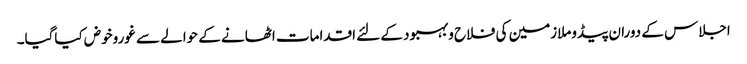
اجلاس کے دوران پیڈوملازمین کی فلاح وبہبود کے لئے اقدامات اٹھانے کے حوالے سے غوروخوض کیاگیا۔